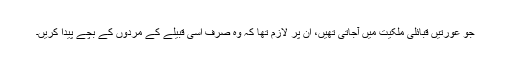
جو عورتیں قبائلی ملکیت میں آجاتی تھیں، ان پر لازم تھا کہ وہ صرف اسی قبیلے کے مردوں کے بچے پیدا کریں۔